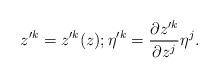
LaTeX: \begin{align*}z'^{k} = z'^{k}(z); \eta'^{k} = \frac{\partial z'^{k}}{\partial z^j}\eta^j. \end{align*}